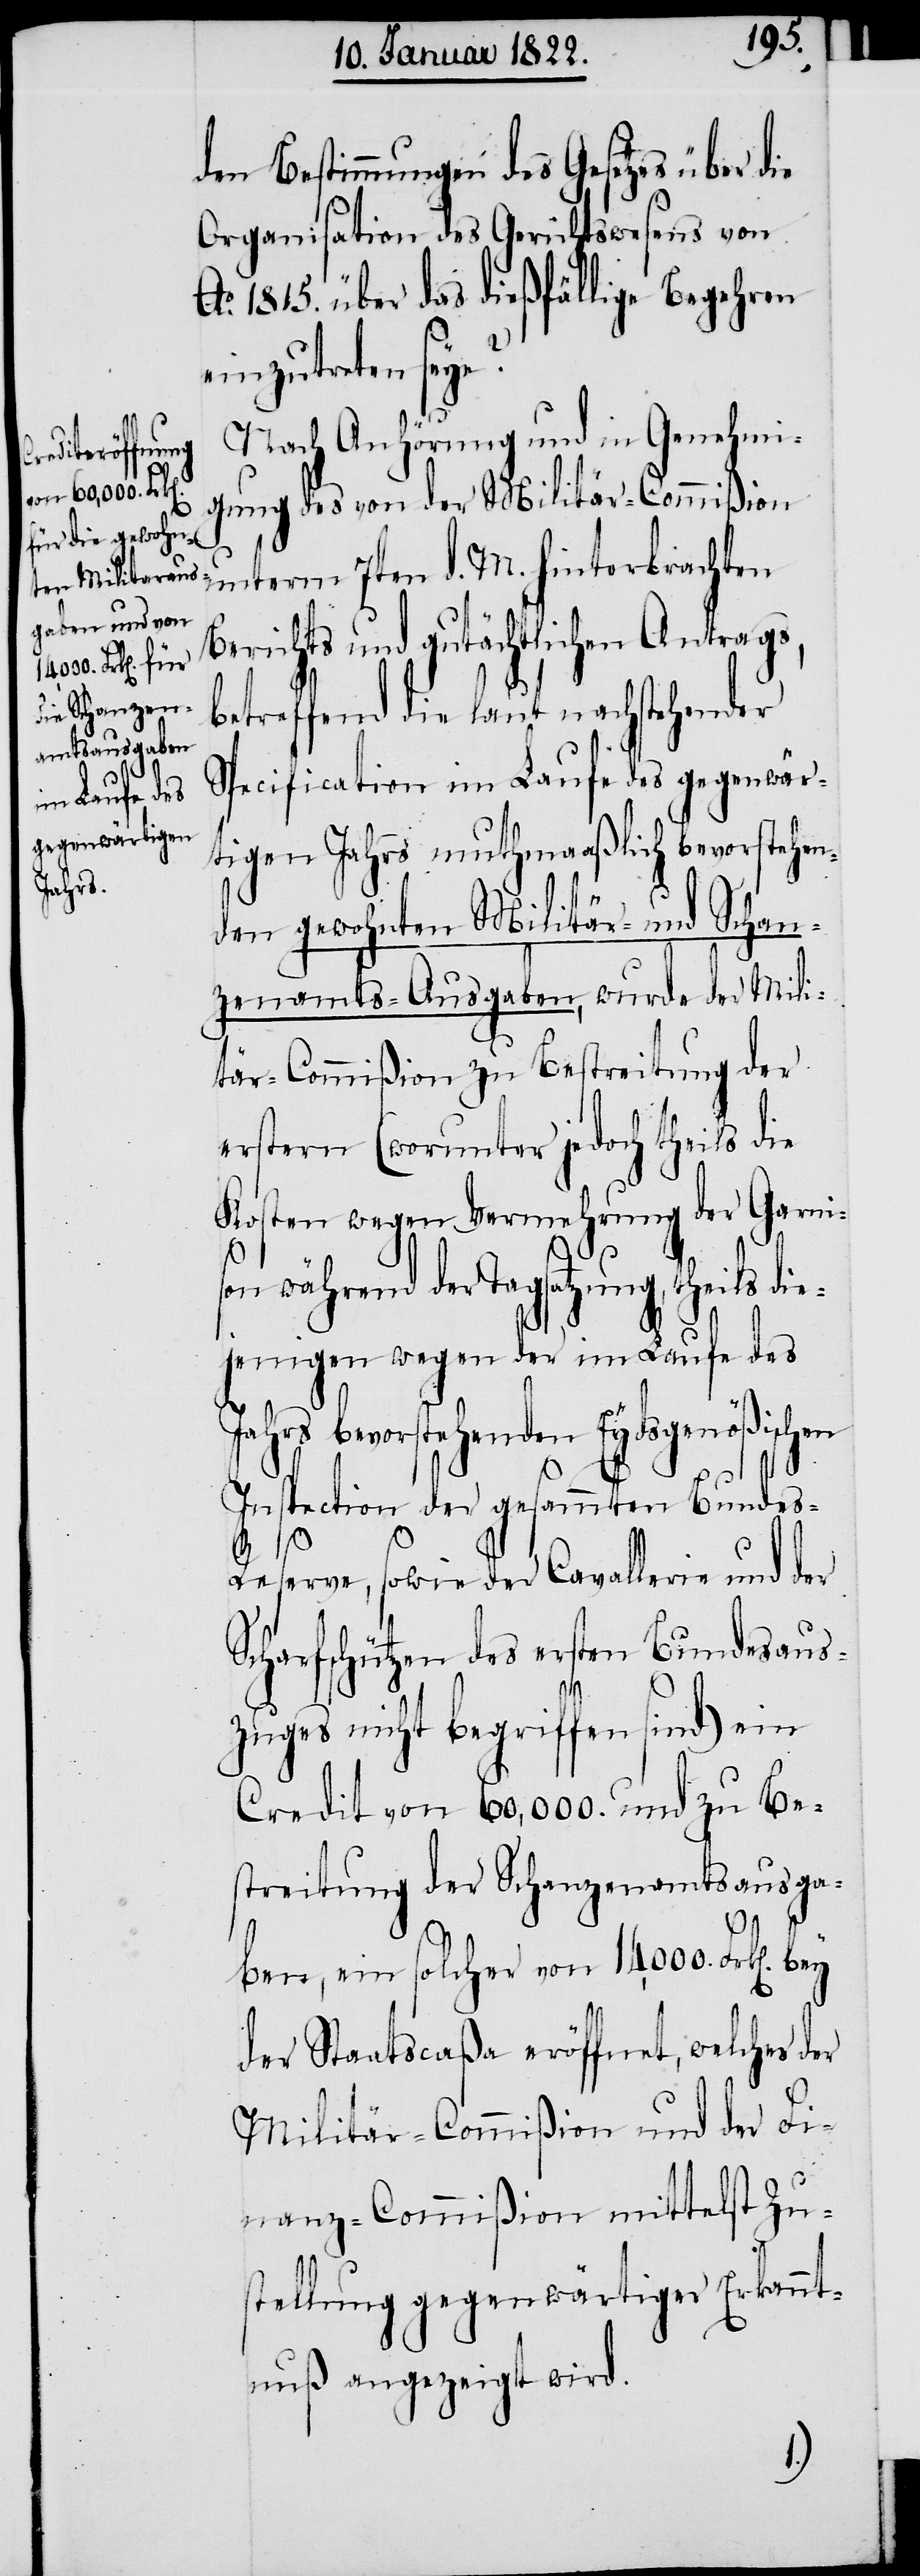
heils di¬
Jahrs

den Bestimmungen des Gesetzes über die
Organisation des Gerichtswesens von
Ao. 1815. über das dießfällige Begehren
einzutreten seye?
Nach Anhörung und in Genehmi¬
gung des von der Militär-Commißion
unterm 7ten d. M. hinterbrachten
Berichts und gutächtlichen Antrags,
betreffend die laut nachstehender
Specification im Laufe des gegenwär¬
tigen Jahres muthmaaßlich bevorstehen¬
den gewohnten Militär- und Schan¬
zenamts-Ausgabe, wurde der Mili¬
tär-Commißion zu Bestreitung der
erstern (worunter jedoch theils die
Kosten wegen Vermehrung der Garnis¬
on während der Tagsatzung, t¬
ejenigen wegen der im Laufe des
bevorstehenden Eidsgenößisch¬
Inspection der gesammten Bundes-R¬
eserve, sowie der Cavallerie und der
Scharfschützen des ersten Bundesaus¬
zuges nicht begriffen sind) ein
Credit von 60,000. und zu Be¬
streitung der Schanzenamtsausga¬
en
ben, ein solcher von 14,000 Frk[en].
der Staatscaßa eröffnet, welches der
Militär-Commißion und der Fi¬
nanz-Commißion mittelst Zu¬
stellung gegenwärtiger Erkannt¬
nuß angezeigt wird.